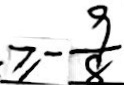
\geq - \frac { 9 } { 8 }